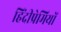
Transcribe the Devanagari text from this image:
हिंदीप्रेमियों